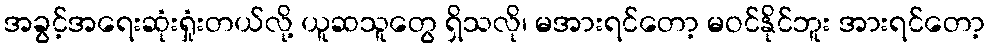
အခွင့်အရေးဆုံးရှုံးတယ်လို့ ယူဆသူတွေ ရှိသလို၊ မအားရင်တော့ မဝင်နိုင်ဘူး အားရင်တော့